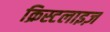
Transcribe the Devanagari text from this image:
क्रिस्टलाइज़